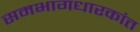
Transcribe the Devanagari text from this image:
समभागधारकांत